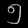
Digit: ၅